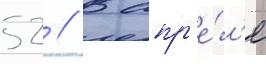
52 // В апр'е́л'е